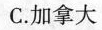
C.加拿大